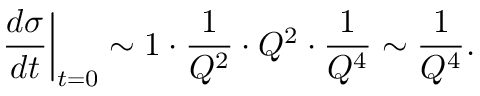
\left. \frac { d \sigma } { d t } \right| _ { t = 0 } \sim 1 \cdot \frac { 1 } { Q ^ { 2 } } \cdot Q ^ { 2 } \cdot \frac { 1 } { Q ^ { 4 } } \sim \frac { 1 } { Q ^ { 4 } } .